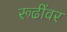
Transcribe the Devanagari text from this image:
रूढींवर